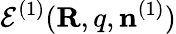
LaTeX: {\cal E}^{(1)}({\mathbf R,q},{\mathbf n}^{(1)})